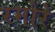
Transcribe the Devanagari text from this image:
रमोरे